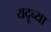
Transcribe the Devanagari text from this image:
यदूच्या